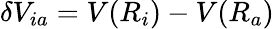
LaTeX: \delta V_{ia}=V(R_{i})-V(R_{a})